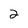
Character: 2